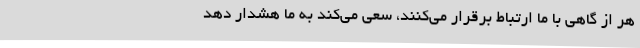
هر از گاهی با ما ارتباط برقرار می‌کنند، سعی می‌کند به ما هشدار دهد